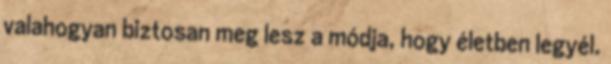
valahogyan biztosan meg lesz a módja, hogy életben legyél.